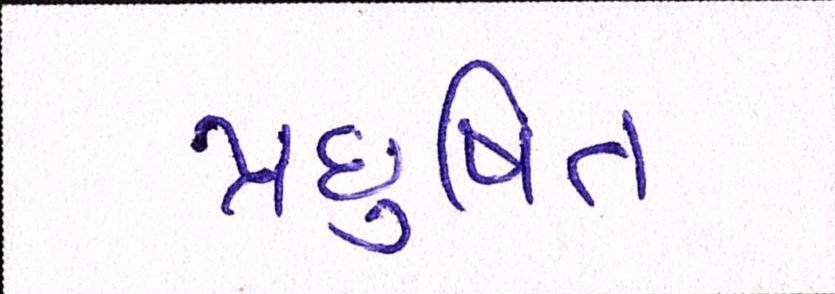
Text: પ્રદુષિત